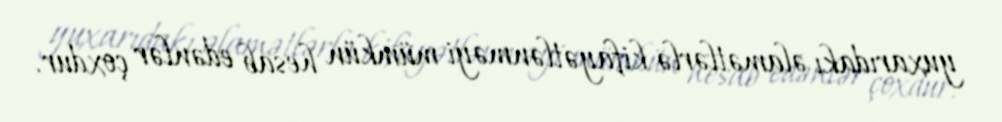
yuxarıdakı əlamətlərlə kifayətlənməyi mümkün hesab edənlər çoxdur.